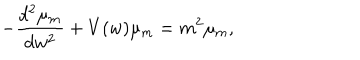
- \frac { d ^ { 2 } \mu _ { m } } { d w ^ { 2 } } + V ( w ) \mu _ { m } = m ^ { 2 } \mu _ { m } ,